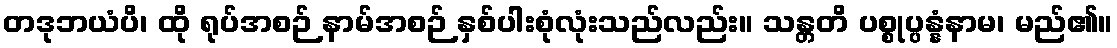
တဒုဘယံပိ၊ ထို ရုပ်အစဉ် နာမ်အစဉ် နှစ်ပါးစုံလုံးသည်လည်း။ သန္တတိ ပစ္စုပ္ပန္နံနာမ၊ မည်၏။